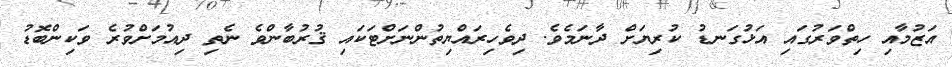
އަޒުމާއި ހިތްވަރުގައި އަޅުގަނޑު ކުރިޔަށް ދާނަމެވެ. ދިވެހިރައްޔިތުންނަށްޓަކައި ޤުރުބާންވެ ނެތި ދިއުމަށްވުރެ ވަކިންބޮޑު